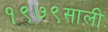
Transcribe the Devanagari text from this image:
१९७९साली